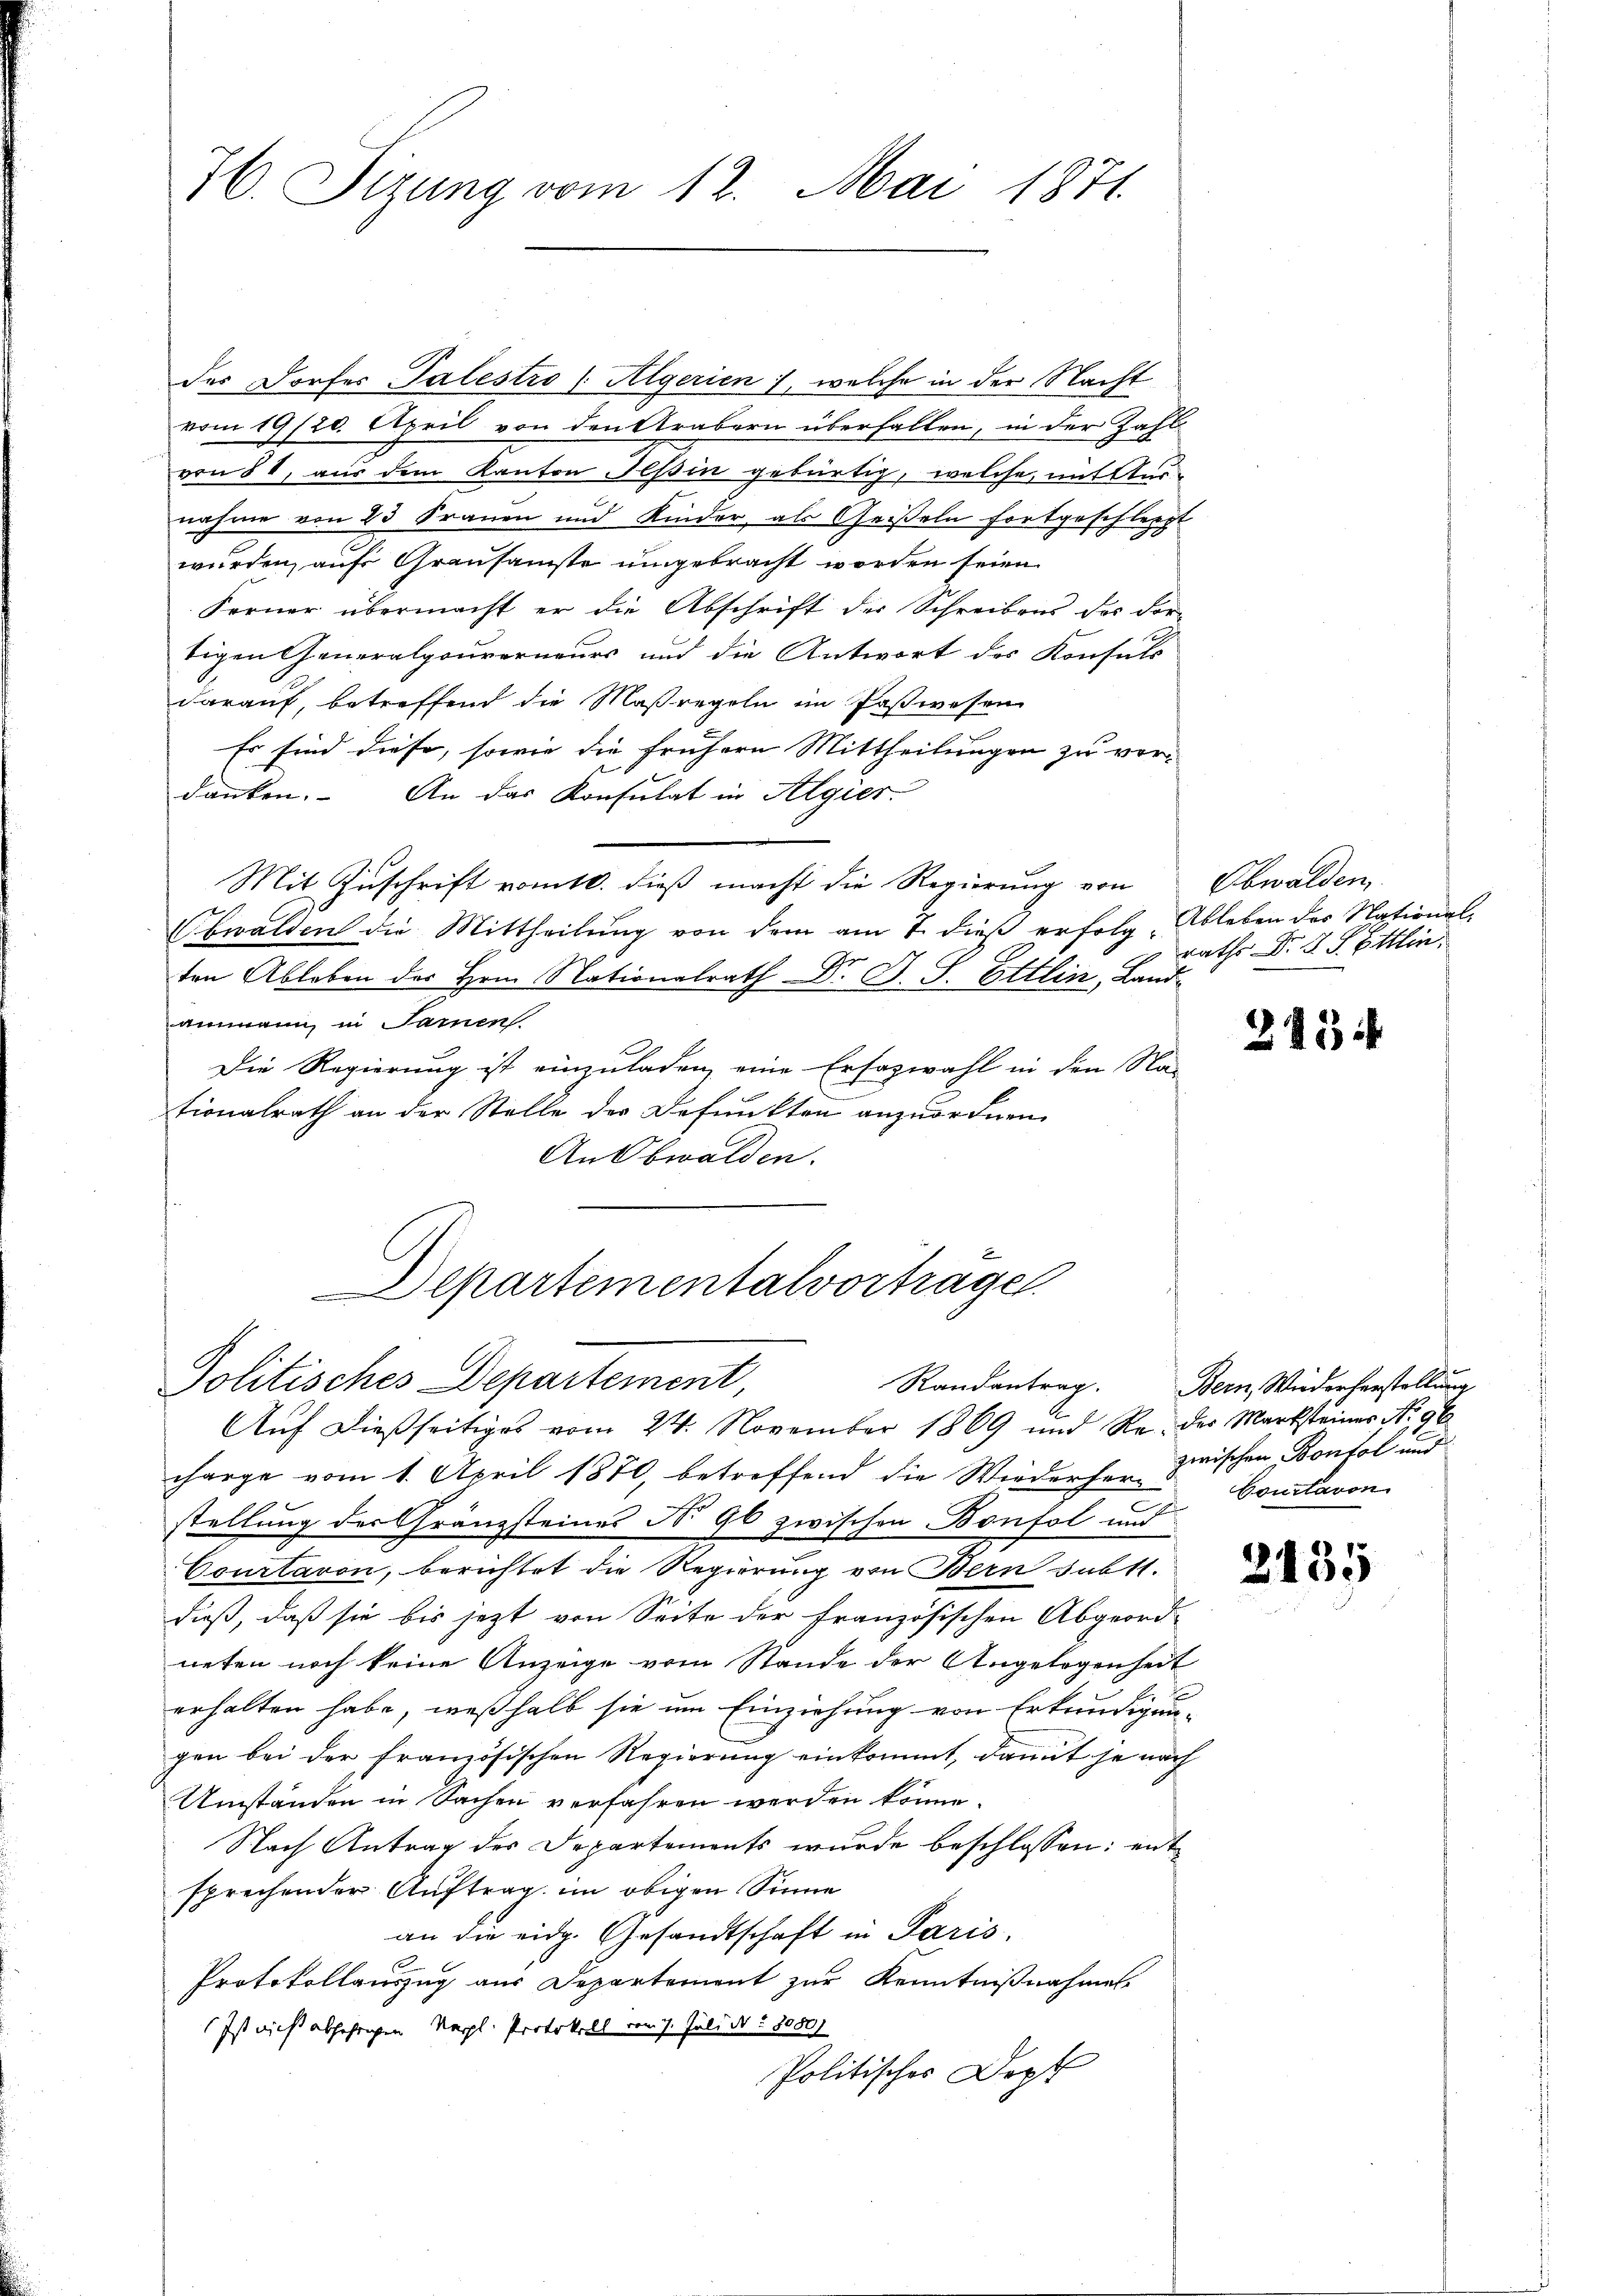
76. Sizung vom 12. Mai 1871.

des Dorfes Palestro (Algerien), welche in der Nacht
vom 19/20. April von den Arabern überfallen, in der Zahl
von § 1, aus dem Kanton Tessin gebürtig, welche, mit Ausnahme von 23 Frauen und Kinder, als Geißeln fortgeschleppt
wurden, auf Grausamste umgebracht worden seien.
Ferner übermacht er die Abschrift der Schreibens des For-
tigen Generalgouverneurs und die Antwort des Konsuls
darauf, betreffend die Maßregeln im Paßwesen
Es sind diese, sowie die frühern Mittheilungen zu ver-
danken. An das Konsulat in Algier
Mit Zuschrift vom 10. dieß macht die Regierung von Obwalden,
Obwalden die Mittheilung von dem am 7. dieß erfolg - Ableben der National-
ten Ableben des Hrn. Nationalrath Dr. J. S. Ettlin, Landammann in Samen
Die Regierung ist einzuladen, eine Erfazwahl in den Na
tionalrath an der Stelle der Befunkten anzuordnen,
An Obwalden.
Departementalvortragen.
Politisches Departement,
Randantrag. Bern, Wiederherstellung
Auf dießseitiges vom 24. November 1869 und Re- der Marksteines No. 96
charge vom 1. April 1870, betreffend die Wiederher zwischen Kontol und
stellung der Gränzsteines No 96 zwischen Bonfol und
Courtaron, berichtet die Regierung von Bern subtt.
dieß, daß sie bis jetzt von Seite der französischen Abgeord-
neten noch keine Anzeige vom Stande der Angelegenheit
erhalten habe, weßhalb sie um Einziehung von Erkundigun-
gen bei der französischen Regierung einkommt, damit je nach
Umständen in Sachen verfahren werden könne.
Nach Antrag der Departements wurde beschlossen: entsprechender Auftrag im obigen Sinne
an die eidg. Gesandtschaft in Paris,
Protokollauszug aus Departement zur Kenntnißnahmen.
Ist nicht abjährigen Napl. Protokoll vom 7. Juli d. § 3000
Politischer Dopt

raths Dr. G. P. Ettin

293

Coustavon

2135